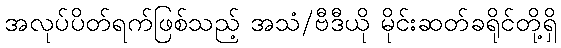
အလုပ်ပိတ်ရက်ဖြစ်သည့် အသံ/ဗီဒီယို မိုင်းဆတ်ခရိုင်တို့ရှိ